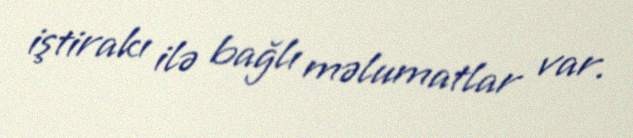
iştirakı ilə bağlı məlumatlar var.